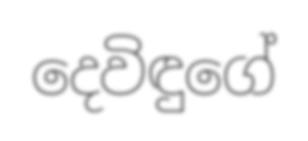
දෙවිඳුගේ